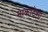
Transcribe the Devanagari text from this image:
माकाटेआ